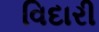
વિદારી